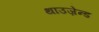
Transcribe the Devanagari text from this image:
थाउज़ेन्ड